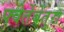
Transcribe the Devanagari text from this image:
फ्वेर्तेबेंतुरा